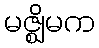
မဇ္ဈိမက